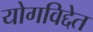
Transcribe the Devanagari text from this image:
योगविद्देत